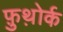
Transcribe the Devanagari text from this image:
फ़ुथ़ोर्क